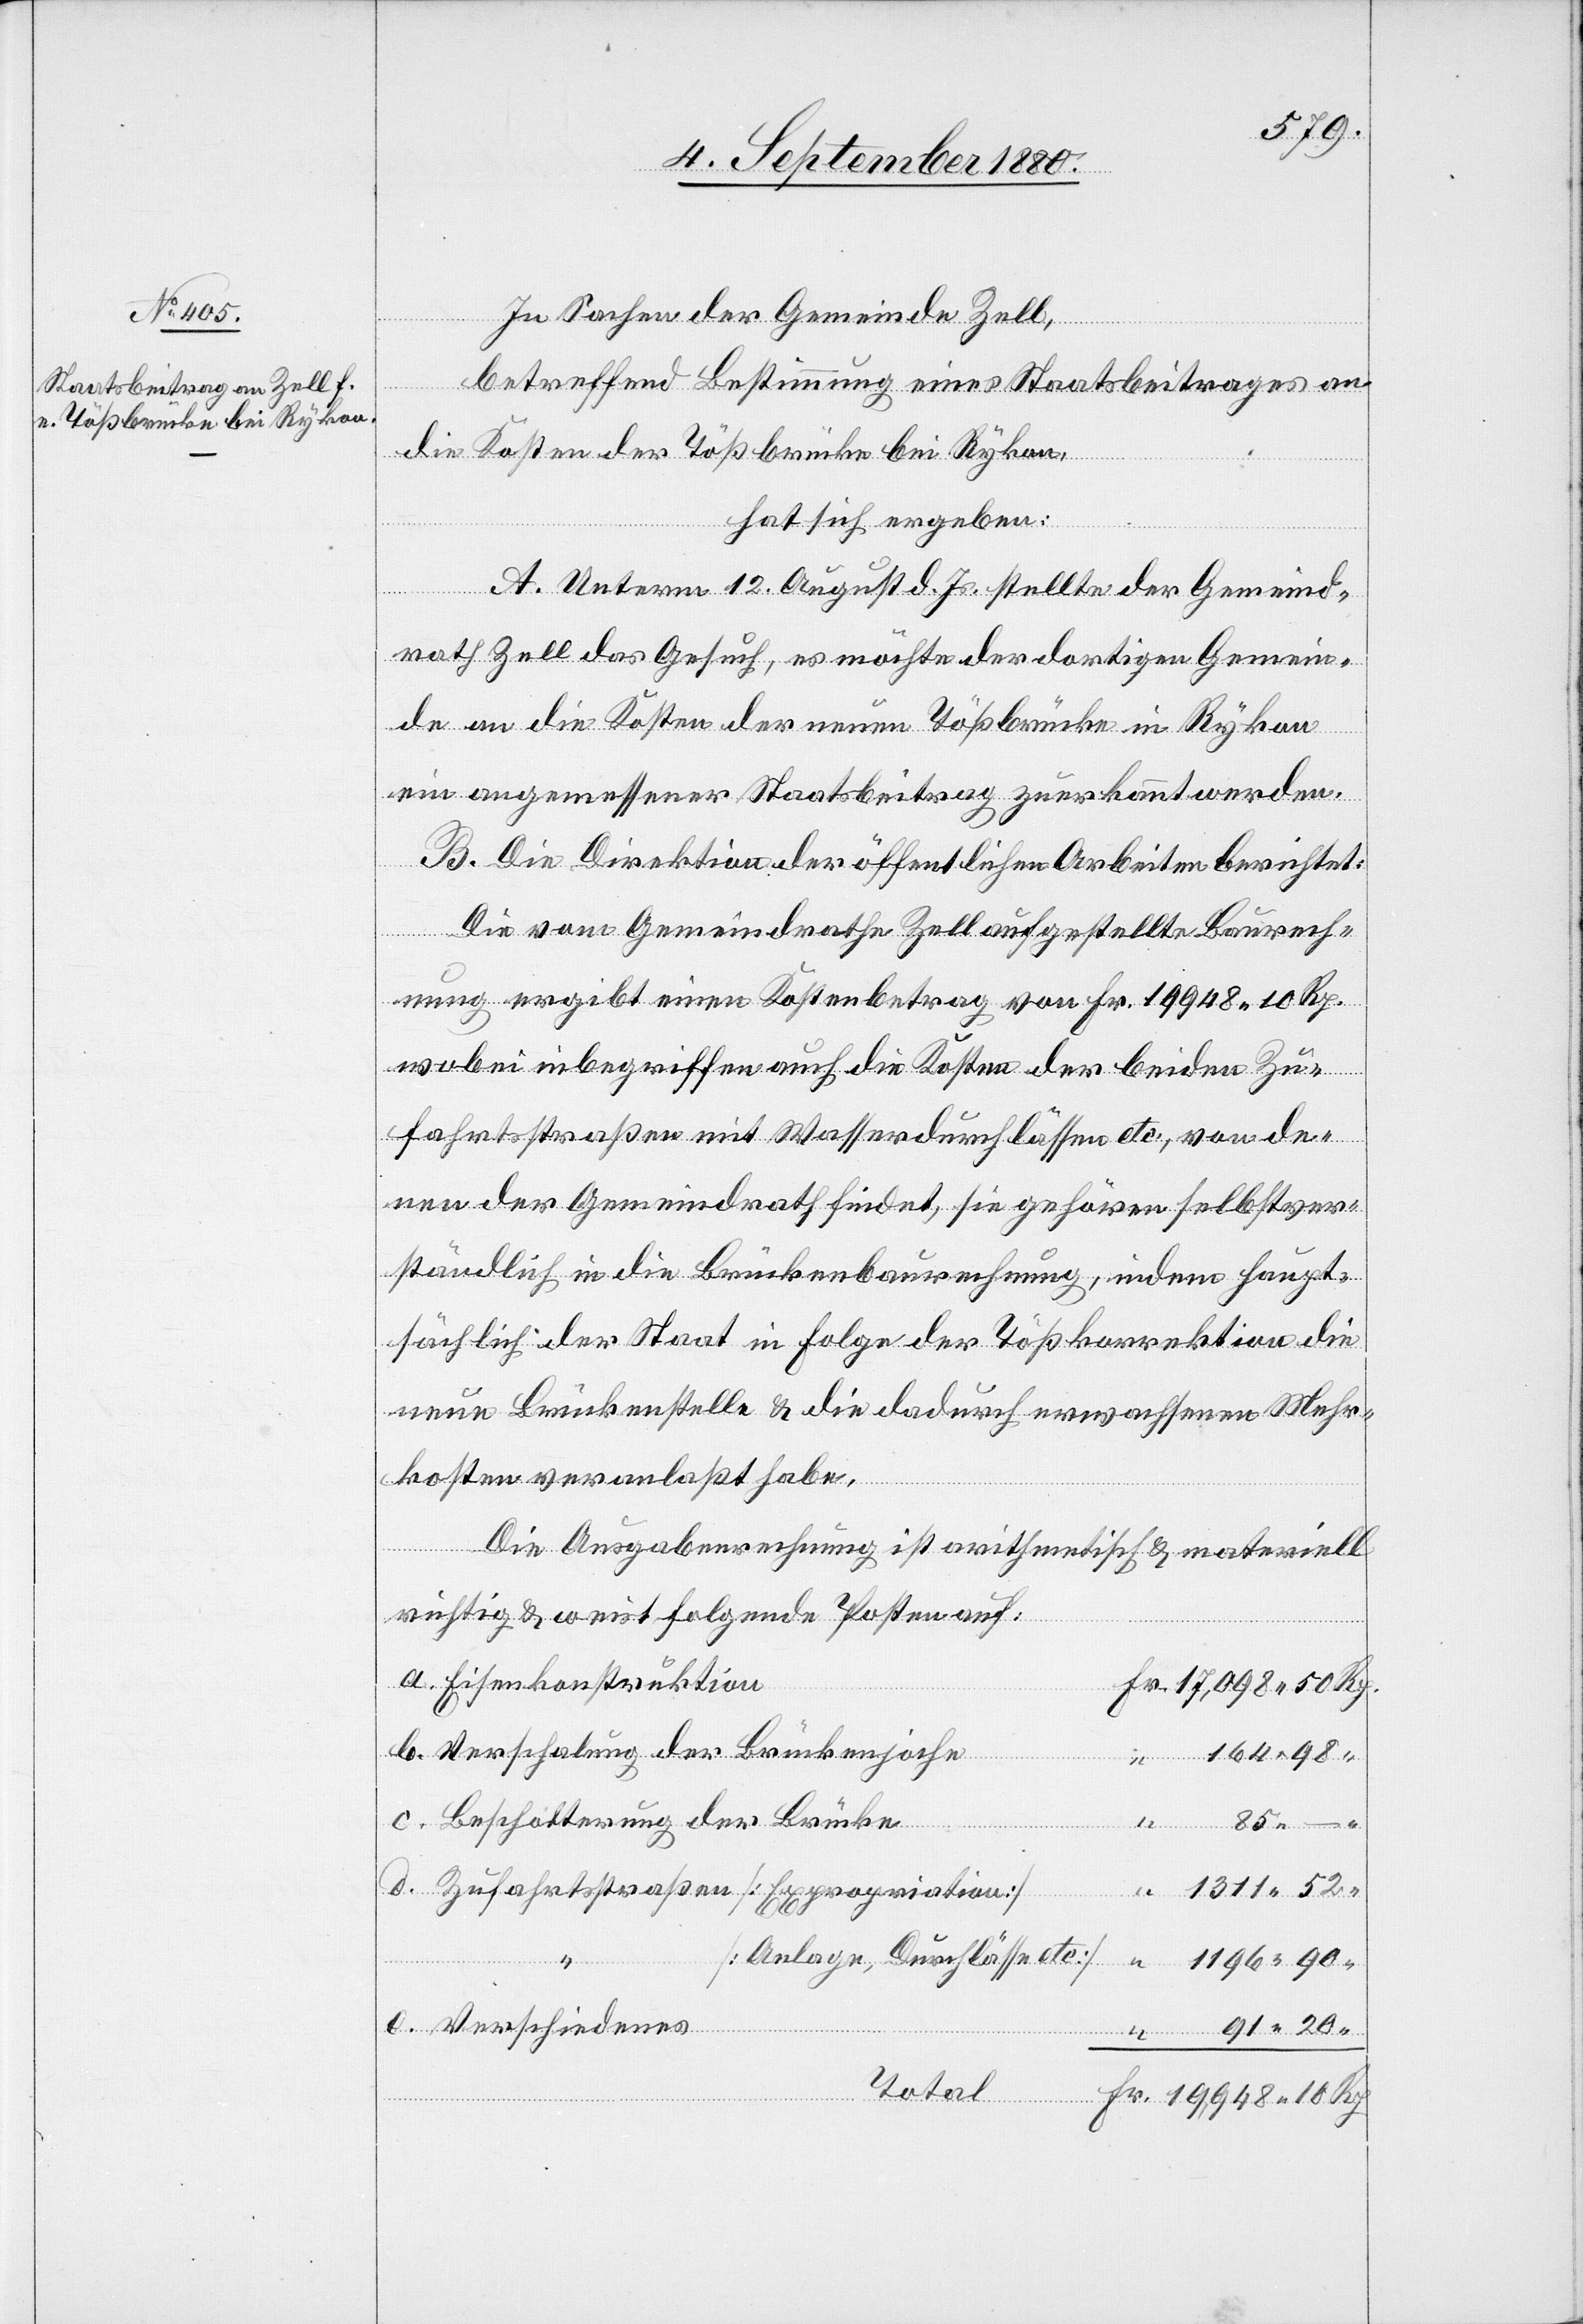
In Sachen der Gemeinde Zell,
betreffend Bestimmung eines Staatsbeitrages an
die Kosten der Tößbrücke bei Rykon,
a.
hat sich ergeben:
A. Unterm 12. August d. Js. stellte der Gemeind¬
rath Zell das Gesuch, es möchte der dortigen Gemein¬
de an die Kosten der neuen Tößbrücke in Rykon
ein angemessener Staatsbeitrag zuerkannt werden.
B. Die Direktion der öffentlichen Arbeiten berichtet:
Die vom Gemeindrathe Zell aufgestellte Baurech¬
nung ergibt einen Kostenbetrag von Fr. 19948 10 Rp.
wobei inbegriffen auch die Kosten der beiden Zu¬
fahrtsstraßen mit Wasserdurchlässen etc., von de¬
nen der Gemeindrath findet, sie gehören selbstver¬
ständlich in die Brückenbaurechnung, indem haupt¬
sächlich der Staat in Folge der Tößkorrektion die
neue Brückenstelle & die dadurch erwachsenen Mehr¬
kosten veranlaßt habe.
Die Ausgabenrechnung ist arithmetisch & materiell
richtig & weist folgenden Posten auf:
Eisenkonstruktion
20
Verschalung der Brückenjoche
Beschotterung der Brücke
Verschiedenes
10
1311 52
[Anlage, Durchlässe etc.]
d.
1196 90
Fr.
Total